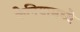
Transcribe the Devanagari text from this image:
केनियामध्ये